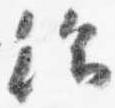
給